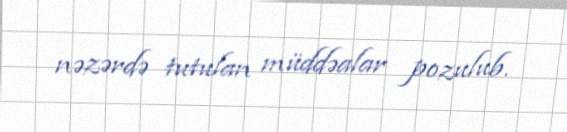
nəzərdə tutulan müddəalar pozulub.